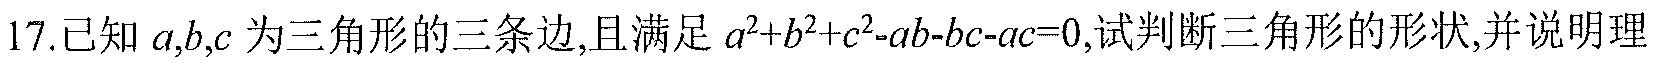
17.已知\(a,b,c\)为三角形的三条边,且满足\(a^{2}+b^{2}+c^{2}-ab - bc - ac = 0\),试判断三角形的形状,并说明理